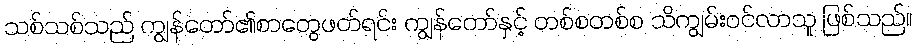
သစ်သစ်သည် ကျွန်တော်၏စာတွေဖတ်ရင်း ကျွန်တော်နှင့် တစ်စတစ်စ သိကျွမ်းဝင်လာသူ ဖြစ်သည်။